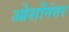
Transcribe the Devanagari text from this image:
ओशोंनंतर